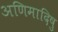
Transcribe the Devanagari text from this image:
अणिमादिषु